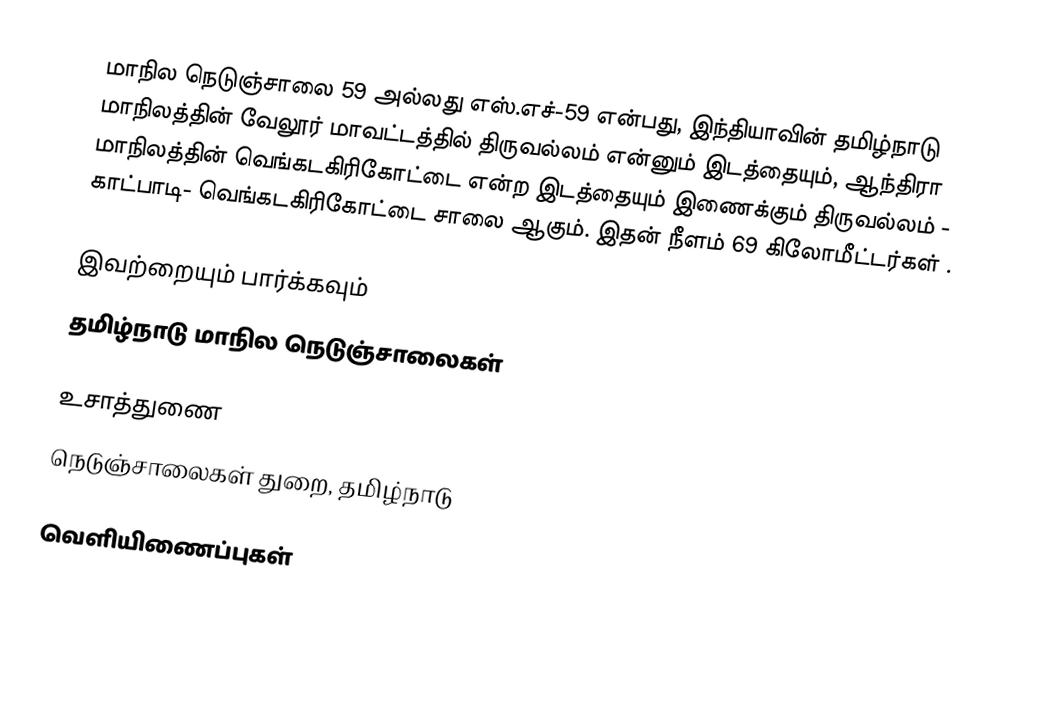
மாநில நெடுஞ்சாலை 59 அல்லது எஸ்.எச்-59 என்பது, இந்தியாவின் தமிழ்நாடு மாநிலத்தின் வேலூர் மாவட்டத்தில் திருவல்லம் என்னும் இடத்தையும், ஆந்திரா மாநிலத்தின் வெங்கடகிரிகோட்டை என்ற இடத்தையும் இணைக்கும் திருவல்லம் - காட்பாடி- வெங்கடகிரிகோட்டை சாலை ஆகும். இதன் நீளம் 69  கிலோமீட்டர்கள் .

இவற்றையும் பார்க்கவும்
 தமிழ்நாடு மாநில நெடுஞ்சாலைகள்

உசாத்துணை
 நெடுஞ்சாலைகள் துறை, தமிழ்நாடு

வெளியிணைப்புகள்